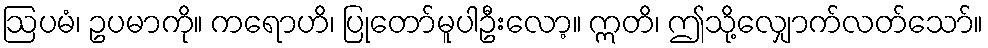
ဩပမံ၊ ဥပမာကို။ ကရောဟိ၊ ပြုတော်မူပါဦးလော့။ ဣတိ၊ ဤသို့လျှောက်လတ်သော်။